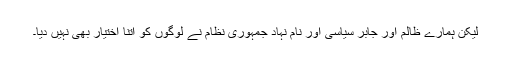
لیکن ہمارے ظالم اور جابر سیاسی اور نام نہاد جمہوری نظام نے لوگوں کو اتنا اختیار بھی نہیں دیا۔